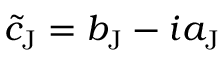
\tilde { c } _ { \mathrm { J } } = b _ { \mathrm { J } } - i a _ { \mathrm { J } }